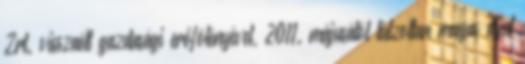
Zrt. visszaélt gazdasági erőfölényével, 2011. májusától túlzottan magas díjat